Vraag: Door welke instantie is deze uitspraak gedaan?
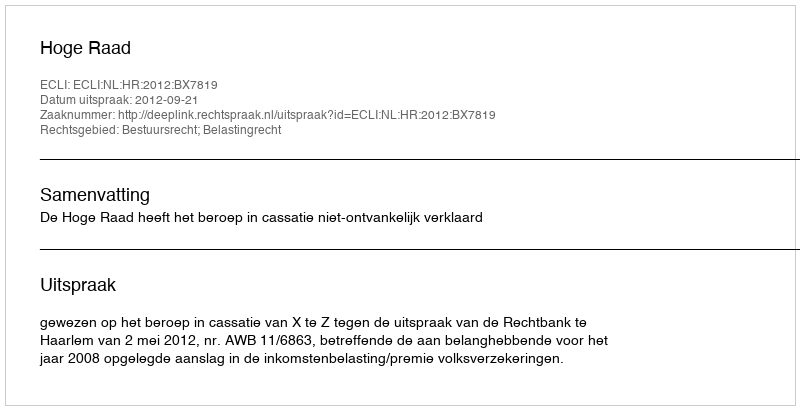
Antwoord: Hoge Raad